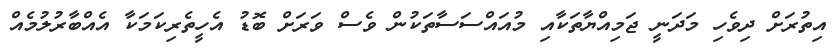
އިތުރަށް ދިވެހި މަދަނީ ޖަމިއްޔާތަކާއި މުއައްސަސާތަކުން ވެސް ވަރަށް ބޮޑު އެހީތެރިކަމަކާ އެއްބާރުލުމެއް